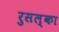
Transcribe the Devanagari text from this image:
रुसल्का